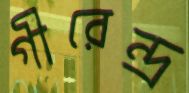
গীরেন্দ্র